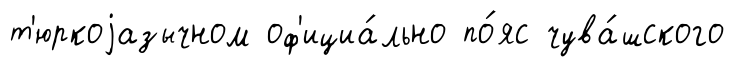
т'юркоjазычном оф'ициа́льно по́яс чува́шского